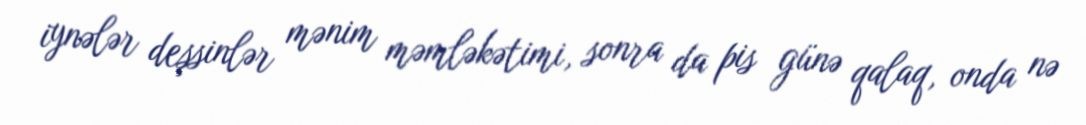
iynələr deşsinlər mənim məmləkətimi, sonra da pis günə qalaq, onda nə